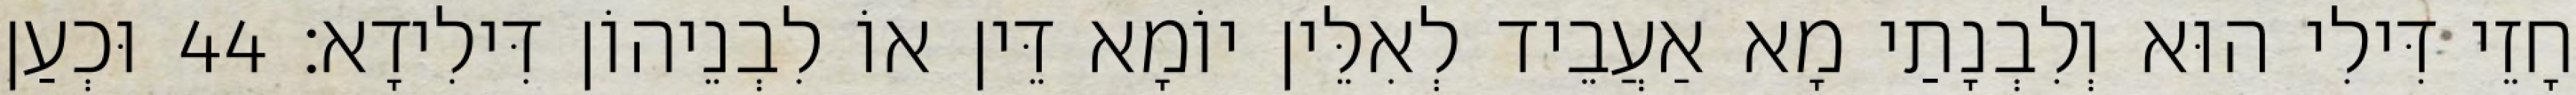
חָזֵי דִּילִי הוּא וְלִבְנָתַי מָא אַעֲבֵיד לְאִלֵּין יוֹמָא דֵּין אוֹ לִבְנֵיהוֹן דִּילִידָא׃ 44 וּכְעַן